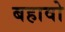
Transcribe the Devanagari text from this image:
बहावो